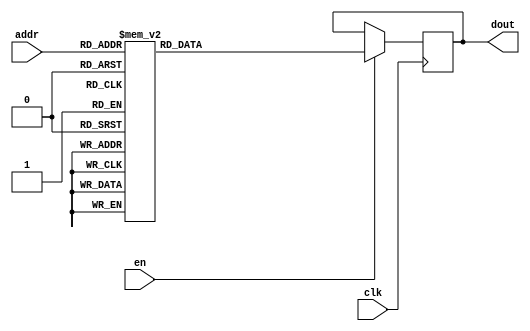
`timescale 1ns / 1ps
/*
Copyright
All right reserved.
Module Name: rom_syn
Author  : Zichuan Liu, Yixing Li and Wenye Liu.
Description:
A synthesized ROM: ROM_DEP x ROM_WID
*/
module EC_1_REF_ROM_7(
// inputs
clk,
en,
addr,
// outputs
dout
);
localparam ROM_WID = 12;
localparam ROM_DEP = 32;
localparam ROM_ADDR = 5;
// input definition
input clk;
input en;
input [ROM_ADDR-1:0] addr;
// output definition
output [ROM_WID-1:0] dout;
reg [ROM_WID-1:0] data;
always @(posedge clk)
begin
if (en) begin
case(addr)
		5'd0: data <= 12'b010011100010;
		5'd1: data <= 12'b010010110010;
		5'd2: data <= 12'b010010101011;
		5'd3: data <= 12'b010010011100;
		5'd4: data <= 12'b010011000110;
		5'd5: data <= 12'b010011001000;
		5'd6: data <= 12'b010010101110;
		5'd7: data <= 12'b010010100010;
		5'd8: data <= 12'b010001000101;
		5'd9: data <= 12'b010011101101;
		5'd10: data <= 12'b010010000110;
		5'd11: data <= 12'b010100000110;
		5'd12: data <= 12'b010011100101;
		5'd13: data <= 12'b010010100000;
		5'd14: data <= 12'b010010011011;
		5'd15: data <= 12'b010011000000;
		5'd16: data <= 12'b001111111000;
		5'd17: data <= 12'b010010110010;
		5'd18: data <= 12'b010100110101;
		5'd19: data <= 12'b010001110010;
		5'd20: data <= 12'b001110110010;
		5'd21: data <= 12'b010010010101;
		5'd22: data <= 12'b010010110001;
		5'd23: data <= 12'b010011000111;
		5'd24: data <= 12'b010010011001;
		5'd25: data <= 12'b010001001001;
		5'd26: data <= 12'b010011011011;
		5'd27: data <= 12'b010011101111;
		5'd28: data <= 12'b010011011001;
		5'd29: data <= 12'b010010001101;
		5'd30: data <= 12'b010100000000;
		5'd31: data <= 12'b010010101010;
		endcase
		end
	end
	assign dout = data;
endmodule